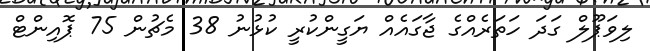
ލިވަޕޫލް ގަދަ ހަތަރެއްގެ ޖާގައެއް ޔަގީންކުރީ ކުޅުނު 38 މެޗުން 75 ޕޮއިންޓް